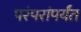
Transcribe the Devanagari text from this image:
परंपरांपर्यंत